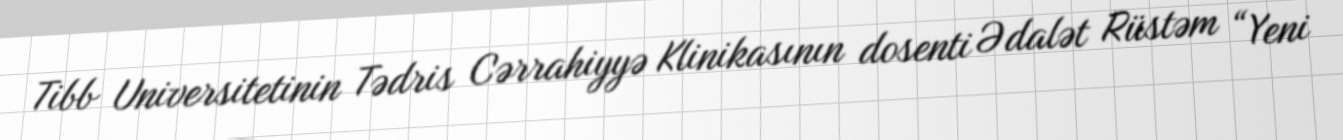
Tibb Universitetinin Tədris Cərrahiyyə Klinikasının dosenti Ədalət Rüstəm “Yeni